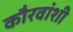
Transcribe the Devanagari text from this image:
कौरवांशी